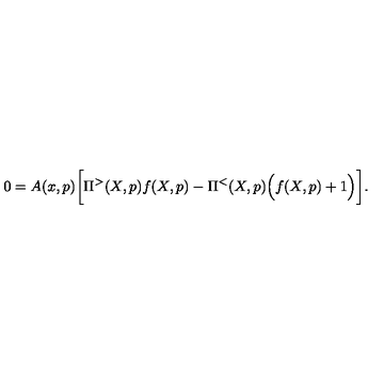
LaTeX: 0 = A ( x , p ) \bigg [ \Pi ^ { > } ( X , p ) f ( X , p ) - \Pi ^ { < } ( X , p ) \Big ( f ( X , p ) + 1 \Big ) \bigg ] .